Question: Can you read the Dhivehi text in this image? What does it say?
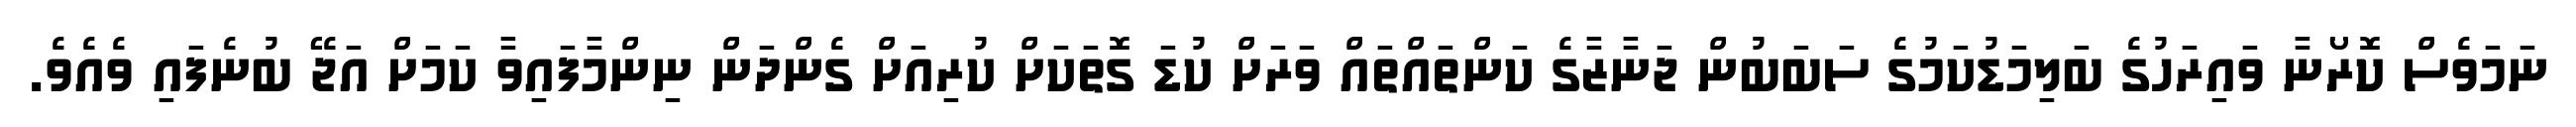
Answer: ނަމަވެސް ކޮރޯނާ ވައިރަހުގެ ބަލިމަޑުކަމުގެ ސަބަބުން ޖަނާޒާގެ ކަންތައްތައް ވަރަށް ކުޑަ ގޮތަކަށް ކުރިއަށް ގެންދަން ނިންމާފައިވާ ކަމަށް އަޖޭ ބުނެފައި ވެއެވެ.